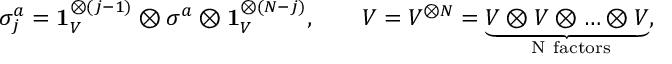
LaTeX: \sigma _ { j } ^ { a } = \mathbf { 1 } _ { V } ^ { \otimes ( j - 1 ) } \otimes \sigma _ { } ^ { a } \otimes \mathbf { 1 } _ { V } ^ { \otimes ( N - j ) } , \qquad { \cal V } = V ^ { \otimes N } = \underbrace { V \otimes V \otimes \ldots \otimes V } _ { \mathrm { ~ N ~ f a c t o r s } } ,